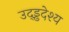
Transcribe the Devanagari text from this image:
उद्ड्ढदेश्य